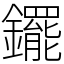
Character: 䥯